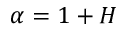
\alpha = 1 + H